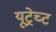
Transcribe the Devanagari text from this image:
यूट्रेच्ट